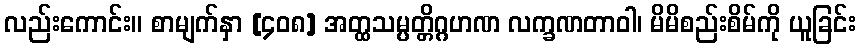
လည်းကောင်း။ စာမျက်နှာ [၄၀၈] အတ္ထသမ္ပတ္တိဂ္ဂဟဏ လက္ခဏတာဝါ၊ မိမိစည်းစိမ်ကို ယူခြင်း